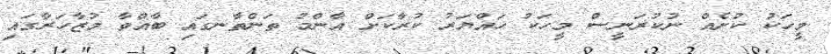
މީހަކު ކުށެއް ނުކުރަނީސް މީހަކު ހައްޔަރު ކުރާކަށް އާންމު ތަންތާނގައި ބާއްވާ މުޒާހަރާގައިި